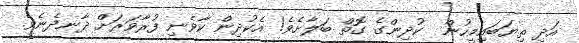
އަދި ތިޔަބައިމީހުން  ކުދިންގެ ގޮތް ބަލާށެވެ! އެކުދިން ކާވެނި ފުރާވަރަށް ދާނދެނެވެ.